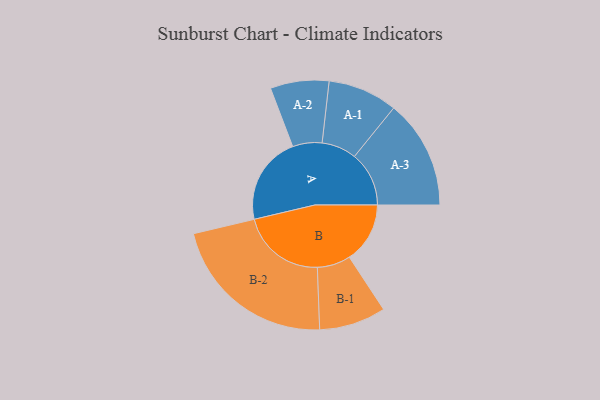
{"axis": {"x": "Segment", "y": "Value"}, "legend": ["", "A", "B"], "data": [{"x": "A", "y": 304, "type": ""}, {"x": "B", "y": 209, "type": ""}, {"x": "A-1", "y": 120, "type": "A"}, {"x": "A-2", "y": 101, "type": "A"}, {"x": "A-3", "y": 188, "type": "A"}, {"x": "B-1", "y": 115, "type": "B"}, {"x": "B-2", "y": 291, "type": "B"}]}